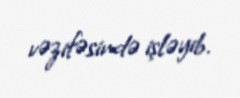
vəzifəsində işləyib.